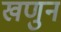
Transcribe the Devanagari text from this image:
खणुन